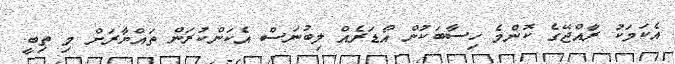
އެކަމަކު ރާއްޖޭގެ ކޮންމެ ހިސާބަކުން އޯޑަރެއް ލިބުނަސް އެކަންކުރަން ތައްޔާރަށް މި ތިބީ.